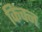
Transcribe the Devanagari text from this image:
किंचन